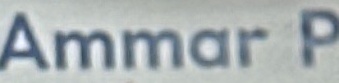
Ammar P